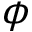
\phi